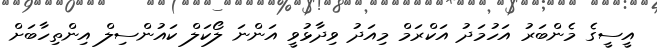
އީސީގެ މެންބަރު އަހުމަދު އަކްރަމް މިއަދު ވިދާޅުވީ އަންނަ ލޯކަލް ކައުންސިލް އިންތިހާބަށް